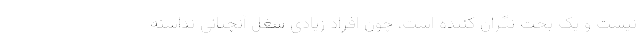
نیست و یک بحث نگران کننده است، چون افراد زیادی شغل آنچنانی نداشته